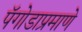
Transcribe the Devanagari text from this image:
पॅगोडाप्रमाणे